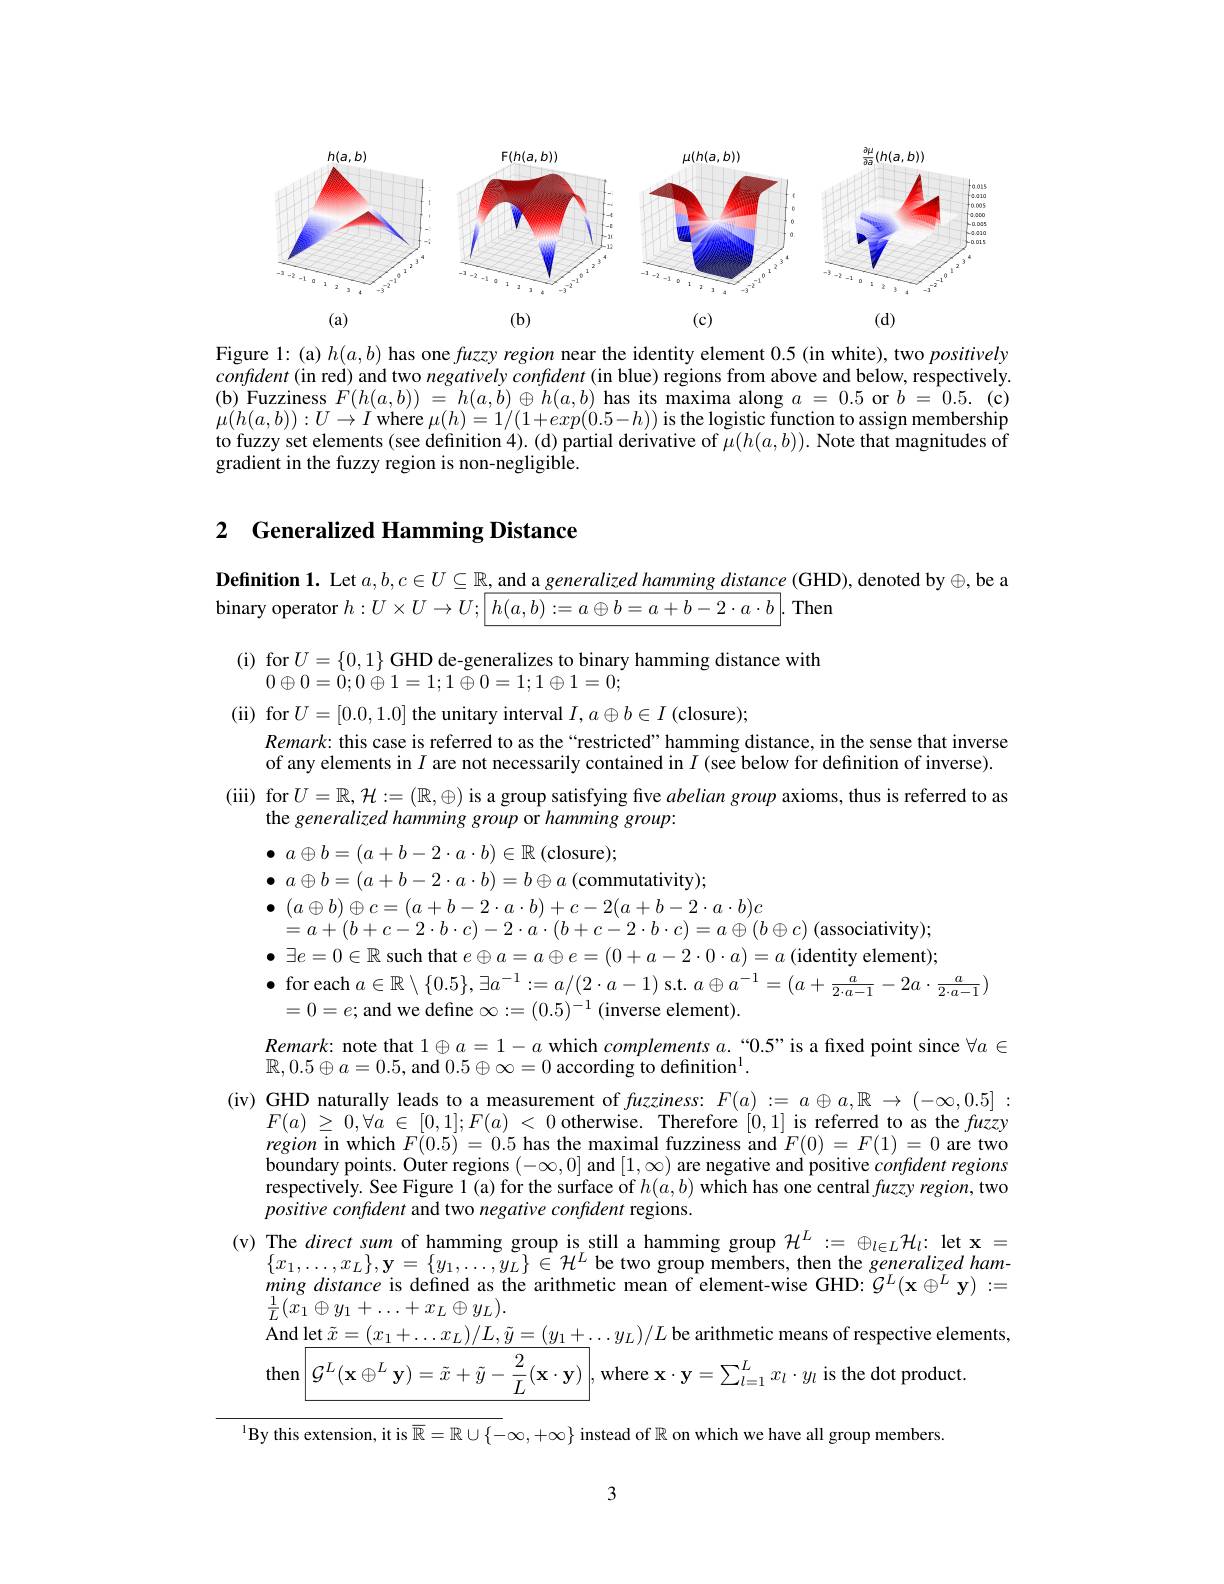
<FigureHere>

Figure 1: (a) $h(a,b)$ has one fuzzy region near the identity element 0.5 (in white), two positively confdent (in red) and two negatively confident (in blue) regions from above and below, respectively. (b) Fuzziness $F( h( a, b) )$ = $h( a, b) \oplus h( a, b)$ has its maxima along $a=0.5$ or $b=0.5.$ (c) $\mu(h(a,b)):U\to I$ where $\mu(h)=1/(1+exp(0.5-h))$ is the logistic function to assign membership to fuzzy set elements (see definition 4). (d) partial derivative of $\mu(h(a,b)).$ Note that magnitudes of gradient in the fuzzy region is non-negligible.

## 2 Generalized Hamming Distance

Definition 1. Let $a,b,c\in U\subseteq\mathbb{R}$, and a generalized hamming distance (GHD), denoted by$\oplus$,be a

binary operator $h:U\times U\to U;\boxed{h(a,b):=a\oplus b=a+b-2\cdot a\cdot b}.$ Then
$\begin{array}{c}\mathrm{(i)~for~}U=\{0,1\}\text{GHD de-generalizes to binary hamming distance with}\\0\oplus0=0;0\oplus1=1;1\oplus0=1;1\oplus1=0;\end{array}$
(ii) for$U=[0.0,1.0]$ the unitary interval $I,a\oplus b\in I$ (closure);
$Remark:$ this case is referred to as the“restricted”hamming distance, in the sense that inverse of any elements in $I$ are not necessarily contained in $I$ (see below for definition of inverse).
(iii) for $U=\mathbb{R},\mathcal{H}:=(\mathbb{R},\oplus)$ is a group satisfying five abelian group axioms, thus is referred to as
the generalized hamming group or hamming group:
$\bullet$ $a\oplus b= ( a+ b- 2\cdot a\cdot b) \in \mathbb{R}$ (closure);
$\bullet$ $a\oplus b= ( a+ b- 2\cdot a\cdot b) = b\oplus a$ (commutativity); $\bullet$ $( a\oplus b) \oplus c= ( a+ b- 2\cdot a\cdot b) + c- 2( a+ b- 2\cdot a\cdot b) c$
$=a+(b+c-2\cdot b\cdot c)-2\cdot a\cdot(b+c-2\cdot b\cdot c)=a\oplus(b\oplus c)$ (associativity); $\bullet$ $\exists e= 0\in \mathbb{R}$ such that $e\oplus a=a\oplus e=(0+a-2\cdot0\cdot a)=a$ (identity element); $\bullet$ for each $a\in\mathbb{R}\setminus\{0.5\},\exists a^-1:=a/(2\cdot a-1)$ s.t. $a\oplus a^-1=(a+\frac a{2\cdot a-1}-2a\cdot\frac a{2\cdot a-1})$
$=0=e;$ and we define $\infty:=(0.5)^-1$ (inverse element).
$Remark:$ note that $1\oplus a=1-a$ which $complementsa.`0.5"$ is a fixed point since $\forall a\in$
$\mathbb{R},0.5\oplus a=0.5$, and $0.5\oplus\infty=0$ according to definition$^1$
(iv) GHD naturally leads to a measurement of fuzziness: $F(a):=a\oplus a,\mathbb{R}\to(-\infty,0.5]:$
$F( a)$ $\geq$ $0, \forall a$ $\in$ $[ 0, 1] ; F( a)$ < 0 otherwise. Therefore [0,1] is referred to as the fuzzy region in which $F(0.5)=0.5$ has the maximal fuzziness and $F(0)=F(1)=0$ are two boundary points. Outer regions $(-\infty,0]$ and $[1,\infty)$ are negative and positive confident regions respectively. See Figure 1(a) for the surface of $h(a,b)$ which has one central fuzzy region, two positive confident and two negative confident regions.
(v) The direct sum of hamming group is still a hamming group $\mathcal{H}^L:=\oplus_{l\in L}\mathcal{H}_l:$ let x=
$\{x_{1},\ldots,x_{L}\},\mathbf{y}=\{y_{1},\ldots,y_{L}\}\in\mathcal{H}^{L}$ be two group members, then the generalized ham- $ming\textit{distance is defined as the arithmetic mean of element- wise GHD: }\mathcal{G} ^{L}( \mathbf{x} \oplus ^{L}\mathbf{y} ) : =$ $\frac{1}{L}(\bar{x_{1}}\oplus y_{1}+\ldots+x_{L}\oplus y_{L}).$ And let $\tilde{x} = ( x_{1}+ \ldots x_{L}) / L, \tilde{y} = ( y_{1}+ \ldots y_{L}) / L$ be arithmetic means of respective elements, then$\left|\mathcal{G}^{L}(\mathbf{x}\oplus^{L}\mathbf{y})=\tilde{x}+\tilde{y}-\frac{2}{L}(\mathbf{x}\cdot\mathbf{y})\right|$,where $\mathbf{x}\cdot\mathbf{y}=\sum_l=1^{L}x_{l}\cdot y_{l}$ is the dot product
$^{1}$By this extension, it is $\overline{\mathbb{R}}=\mathbb{R}\cup\{-\infty,+\infty\}$ instead of $\mathbb{R}$ on which we have all group members

3